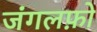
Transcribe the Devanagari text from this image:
जंगलफ़ो